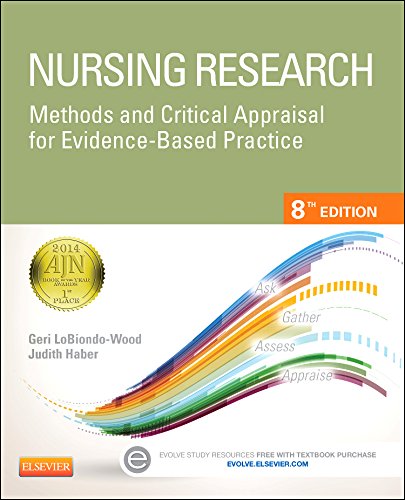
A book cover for Nursing Research: Methods and Critical Appraisal for Evidence-Based Practice, 8e (Nursing Research: Methods, Critical Appraisal & Utilization); Geri LoBiondo-Wood PhD  RN  FAAN; Medical Books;